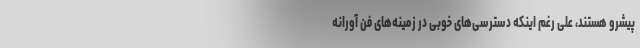
پیشرو هستند، علی رغم اینکه دسترسی‌های خوبی در زمینه‌های فن آورانه